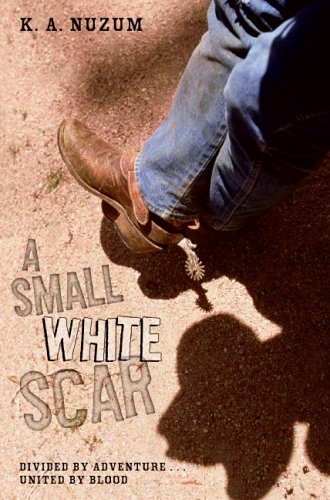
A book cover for A Small White Scar; K. A. Nuzum; Teen & Young Adult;